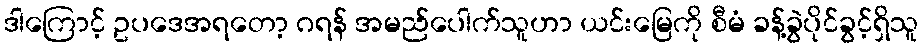
ဒါကြောင့် ဥပဒေအရတော့ ဂရန် အမည်ပေါက်သူဟာ ယင်းမြေကို စီမံ ခန့်ခွဲပိုင်ခွင့်ရှိသူ